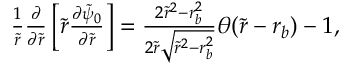
\begin{array} { r } { \frac { 1 } { \tilde { r } } \frac { \partial } { \partial \tilde { r } } \left[ \tilde { r } \frac { \partial \tilde { \psi } _ { 0 } } { \partial \tilde { r } } \right] = \frac { 2 \tilde { r } ^ { 2 } - r _ { b } ^ { 2 } } { 2 \tilde { r } \sqrt { \tilde { r } ^ { 2 } - r _ { b } ^ { 2 } } } \theta ( \tilde { r } - r _ { b } ) - 1 , } \end{array}